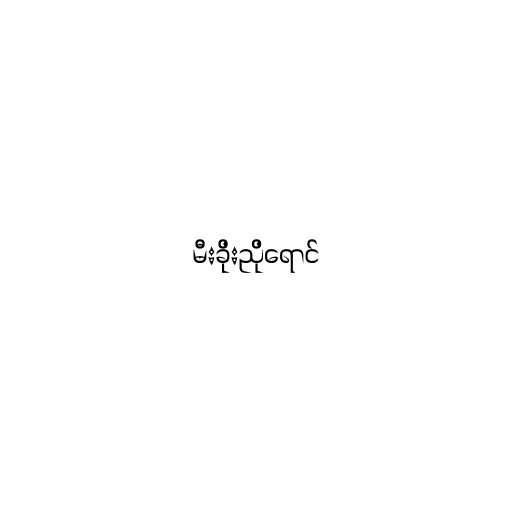
မီးခိုးညိုရောင်